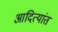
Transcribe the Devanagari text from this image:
आदित्यांत